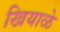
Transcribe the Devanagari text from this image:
खियाळे